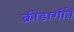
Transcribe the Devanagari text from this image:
क्रीडागीते